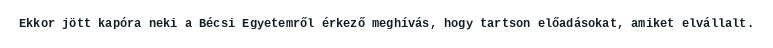
Ekkor jött kapóra neki a Bécsi Egyetemről érkező meghívás, hogy tartson előadásokat, amiket elvállalt.